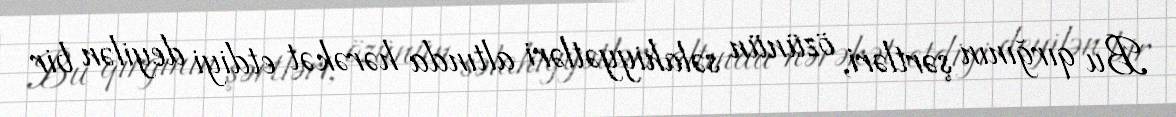
Bu qırğının şərtləri, özünün səlahiyyətləri altında hərəkət etdiyi deyilən bir